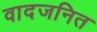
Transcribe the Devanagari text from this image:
वादजनित